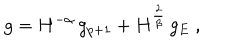
g = H ^ { - \alpha } \, g _ { p + 1 } + H ^ { \frac 2 \beta } \, g _ { E } ~ ,